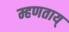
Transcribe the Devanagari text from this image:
म्हणताय्